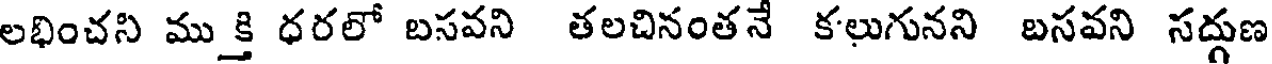
లభించని ముక్తి ధరలో బసవని తలచినంతన కలుగునని బసవని సద్గుణ